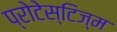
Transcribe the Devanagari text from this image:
प्रोटेस्टिज्म